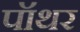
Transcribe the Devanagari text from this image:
पॉथर